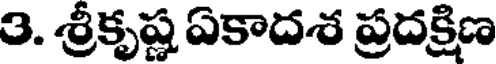
3. శ్రీకృష్ణ ఏకాదశ ప్రదక్షిణ